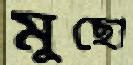
মুছো